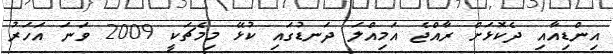
އިންޑިއާއި ދެކޮޅަށް ރާއްޖެ އަމިއްލަ ދަނޑުގައި ކުޅޭ މިމެޗަކީ 2009 ވަނަ އަހަރު